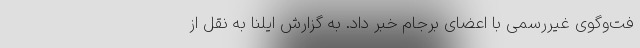
فت‌وگوی غیررسمی با اعضای برجام خبر داد. به گزارش ایلنا به نقل از